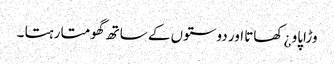
وڑاپاو ¿ کھاتا اور دوستوں کے ساتھ گھومتا رہتا ۔